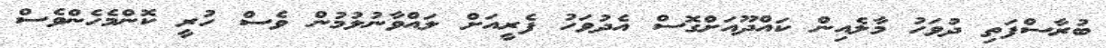
ބުރާސްފަތި ދުވަހު މާލެއިން ކައްދޫއަށްގޮސް އެދުވަހު ފެރީއަށް ލައްވާނުލުމުން ވެސް ހުރީ ކޮންމެހެންވެސް